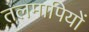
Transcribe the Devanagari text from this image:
तलमापियों